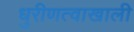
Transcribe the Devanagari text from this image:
धुरीणत्वाखाली